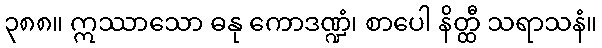
၃၈၈။ ဣဿာသော ဓနု ကောဒဏ္ဍံ၊ စာပေါ နိတ္ထီ သရာသနံ။